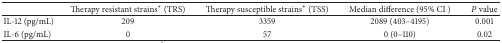
|  | Therapy resistant strains* (TRS) | Therapy susceptible strains* (TSS) | Median difference (95% CI ) | P value |
 | --- | --- | --- | --- | --- |
 | IL-12 (pg/mL) | 209 | 3359 | 2089 (403–4195) | 0.001 |
 | IL-6 (pg/mL) | 0 | 57 | 0 (0–110) | 0.02 |